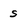
Character: s